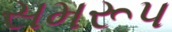
સમરૂપ